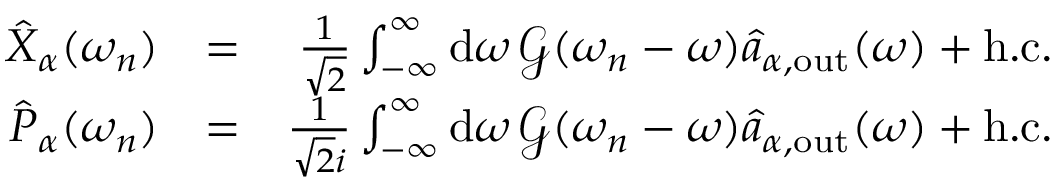
\begin{array} { r l r } { \hat { X } _ { \alpha } ( \omega _ { n } ) } & { = } & { \frac { 1 } { \sqrt { 2 } } \int _ { - \infty } ^ { \infty } \mathrm { d } \omega \, \mathcal { G } ( \omega _ { n } - \omega ) \hat { a } _ { \alpha , \mathrm { o u t } } ( \omega ) + \mathrm { h . c . } } \\ { \hat { P } _ { \alpha } ( \omega _ { n } ) } & { = } & { \frac { 1 } { \sqrt { 2 } i } \int _ { - \infty } ^ { \infty } \mathrm { d } \omega \, \mathcal { G } ( \omega _ { n } - \omega ) \hat { a } _ { \alpha , \mathrm { o u t } } ( \omega ) + \mathrm { h . c . } } \end{array}